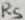
Text: R5